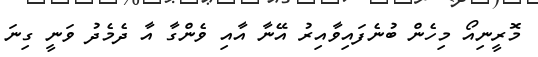
މޮރީނިއޯ މިހެން ބުނެފައިވާއިރު އޭނާ އާއި ވެންގާ އާ ދެމެދު ވަނީ ގިނަ